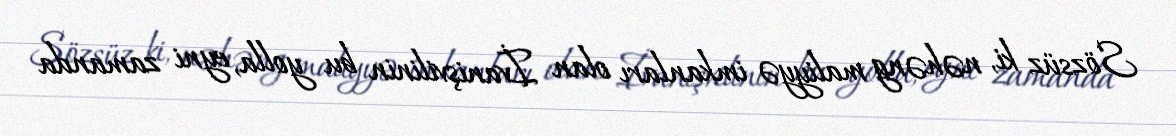
Sözsüz ki, nəhəng maliyyə imkanları olan İvanişvilinin bu yolla, eyni zamanda